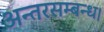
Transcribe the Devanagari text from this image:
अन्तरसम्बन्ध।